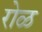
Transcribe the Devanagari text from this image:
रोळ